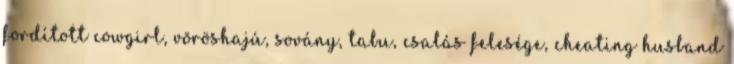
fordított cowgirl, vöröshajú, sovány, tabu, csalás felesége, cheating husband